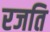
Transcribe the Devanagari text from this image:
रजति